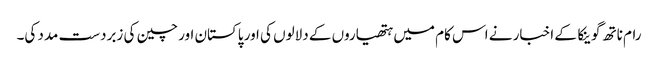
رام ناتھ گوینکا کے اخبار نے اس کام میں ہتھیاروں کے دلالوں کی اور پاکستان اور چین کی زبردست مدد کی۔